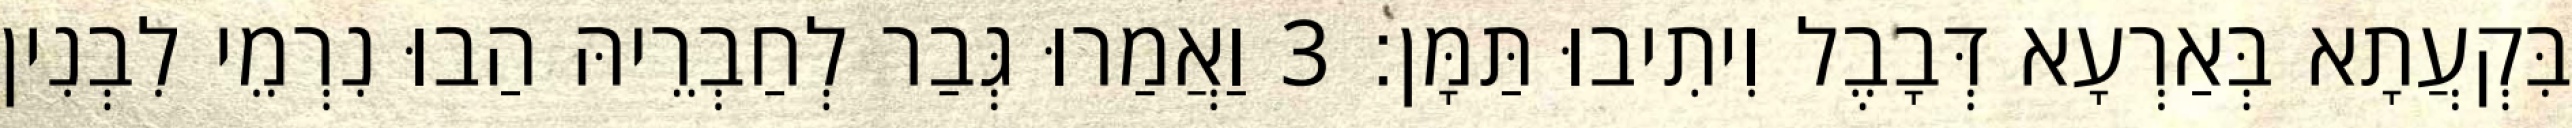
בִּקְעֲתָא בְּאַרְעָא דְּבָבֶל וִיתִיבוּ תַּמָּן׃ 3 וַאֲמַרוּ גְּבַר לְחַבְרֵיהּ הַבוּ נִרְמֵי לִבְנִין